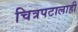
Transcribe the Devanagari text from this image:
चित्रपटालाही